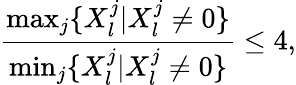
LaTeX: \frac{\operatorname*{max}_{j}\{ X_{l}^{j}|X_{l}^{j}\neq 0\} }{\operatorname*{min}_{j}\{ X_{l}^{j}|X_{l}^{j}\neq 0\} }\le 4,